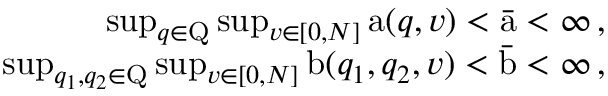
\begin{array} { r } { \operatorname* { s u p } _ { q \in \mathrm { Q } } \operatorname* { s u p } _ { v \in [ 0 , N ] } \mathrm { a } ( q , v ) < \bar { \mathrm { a } } < \infty \, , } \\ { \operatorname* { s u p } _ { q _ { 1 } , q _ { 2 } \in \mathrm { Q } } \operatorname* { s u p } _ { v \in [ 0 , N ] } \mathrm { b } ( q _ { 1 } , q _ { 2 } , v ) < \bar { \mathrm { b } } < \infty \, , } \end{array}